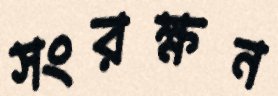
সংরক্ষন